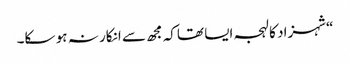
“شہزاد کا لہجہ ایسا تھاکہ مجھ سے انکار نہ ہو سکا۔